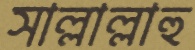
সাল্লাল্লাহু